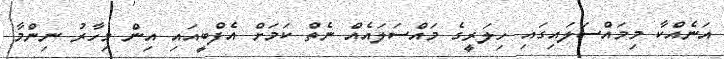
އަނެއްކާ މިމައްސަލައިގައި ހިލަރީގެ މައްސަލައެއް ނެތް ކަމަށް އެފްބީއައި އިން މިހާރު ނިންމާ